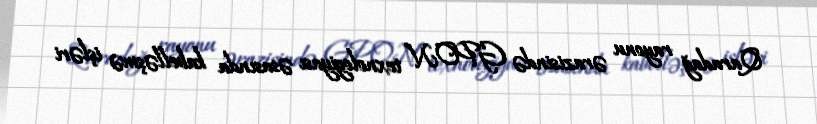
Qaradağ rayonu ərazisində GPON texnologiyası əsasında kabelləşmə işləri